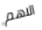
الاهم